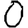
Digit: 0